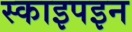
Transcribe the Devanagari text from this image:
स्काइपइन